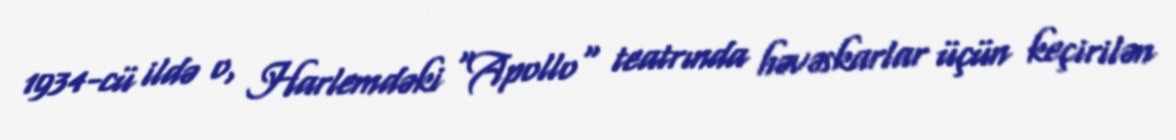
1934-cü ildə o, Harlemdəki "Apollo" teatrında həvəskarlar üçün keçirilən